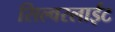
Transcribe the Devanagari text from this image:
सिल्वरलाईट